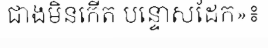
ជាងមិនកើត បន្ទោសដែក»៖